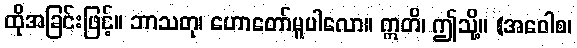
ထိုအခြင်းဖြင့်။ ဘာသတု၊ ဟောတော်မူပါလော။ ဣတိ၊ ဤသို့။ (အဝေါစ၊